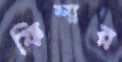
ফিশার